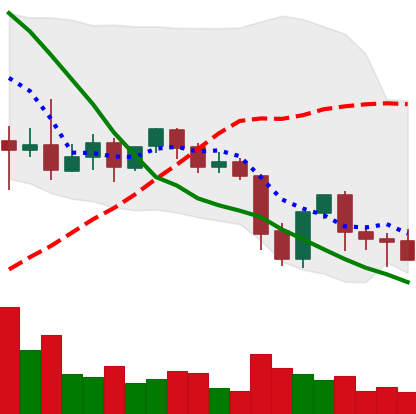
Ticker: XLM-USD
Chart end date: 2021-09-27
Forward return: 19.238%
Label: up_7plus